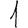
Digit: 1